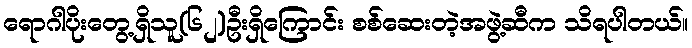
ရောဂါပိုးတွေ့ရှိသူ(၆၂)ဦးရှိကြောင်း စစ်ဆေးတဲ့အဖွဲ့ဆီက သိရပါတယ်။